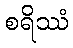
စရိဿံ